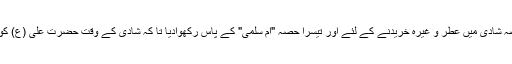
بعض حصہ زندگی کے اسباب و لوازم کے لئے، بعض حصہ شادی میں عطر و غیرہ خریدنے کے لئے اور تیسرا حصہ "ام سلمی" کے پاس رکھوادیا تا کہ شادی کے وقت حضرت علی (ع) کو دیدیں کہ وہ اس رقم سے اپنے مہمانوں کی میزبانی کریں۔